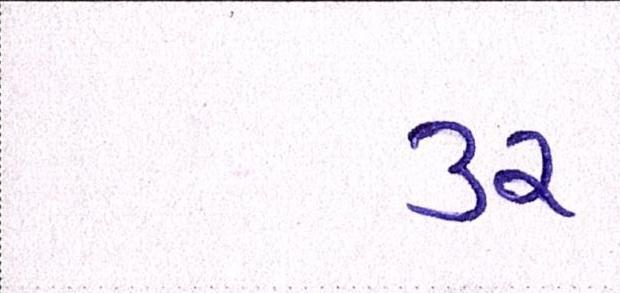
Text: ૩૨